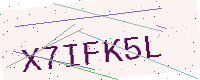
Text: X7IFK5L